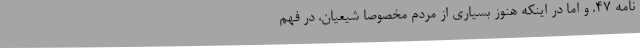
نامه ۴۷. و اما در اینکه هنوز بسیاری از مردم مخصوصا شیعیان، در فهم